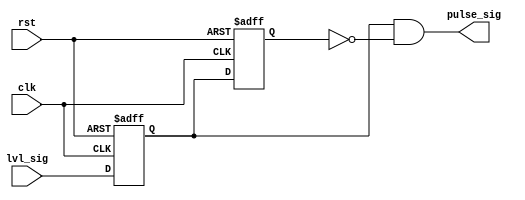
module PULSE_GEN 
(
input    wire                      clk,
input    wire                      rst,
input    wire                      lvl_sig,
output   wire                      pulse_sig
);


reg              rcv_flop  , 
                 pls_flop  ;
					 
					 
always @(posedge clk or negedge rst)
 begin
  if(!rst)      // active low
   begin
    rcv_flop <= 1'b0 ;
    pls_flop <= 1'b0 ;	
   end
  else
   begin
    rcv_flop <= lvl_sig;   
    pls_flop <= rcv_flop;
   end  
 end
 
//----------------- pulse generator --------------------

assign pulse_sig = rcv_flop && !pls_flop ;


endmodule